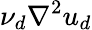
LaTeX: \nu_{d}\nabla^{2}u_{d}